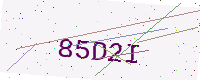
Text: 85D2I